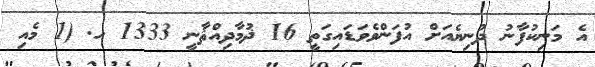
އެ މަނިކުފާނު ދުނިޔެއަށް އުފަންވެވަޑައިގަތީ 16 ޛުމާދިއްޘާނީ 1333 ހ. (1 މެއި